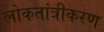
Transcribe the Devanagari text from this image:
लोकतांत्रीकरण